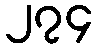
၂၇၄